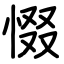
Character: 惙